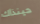
حينذاك